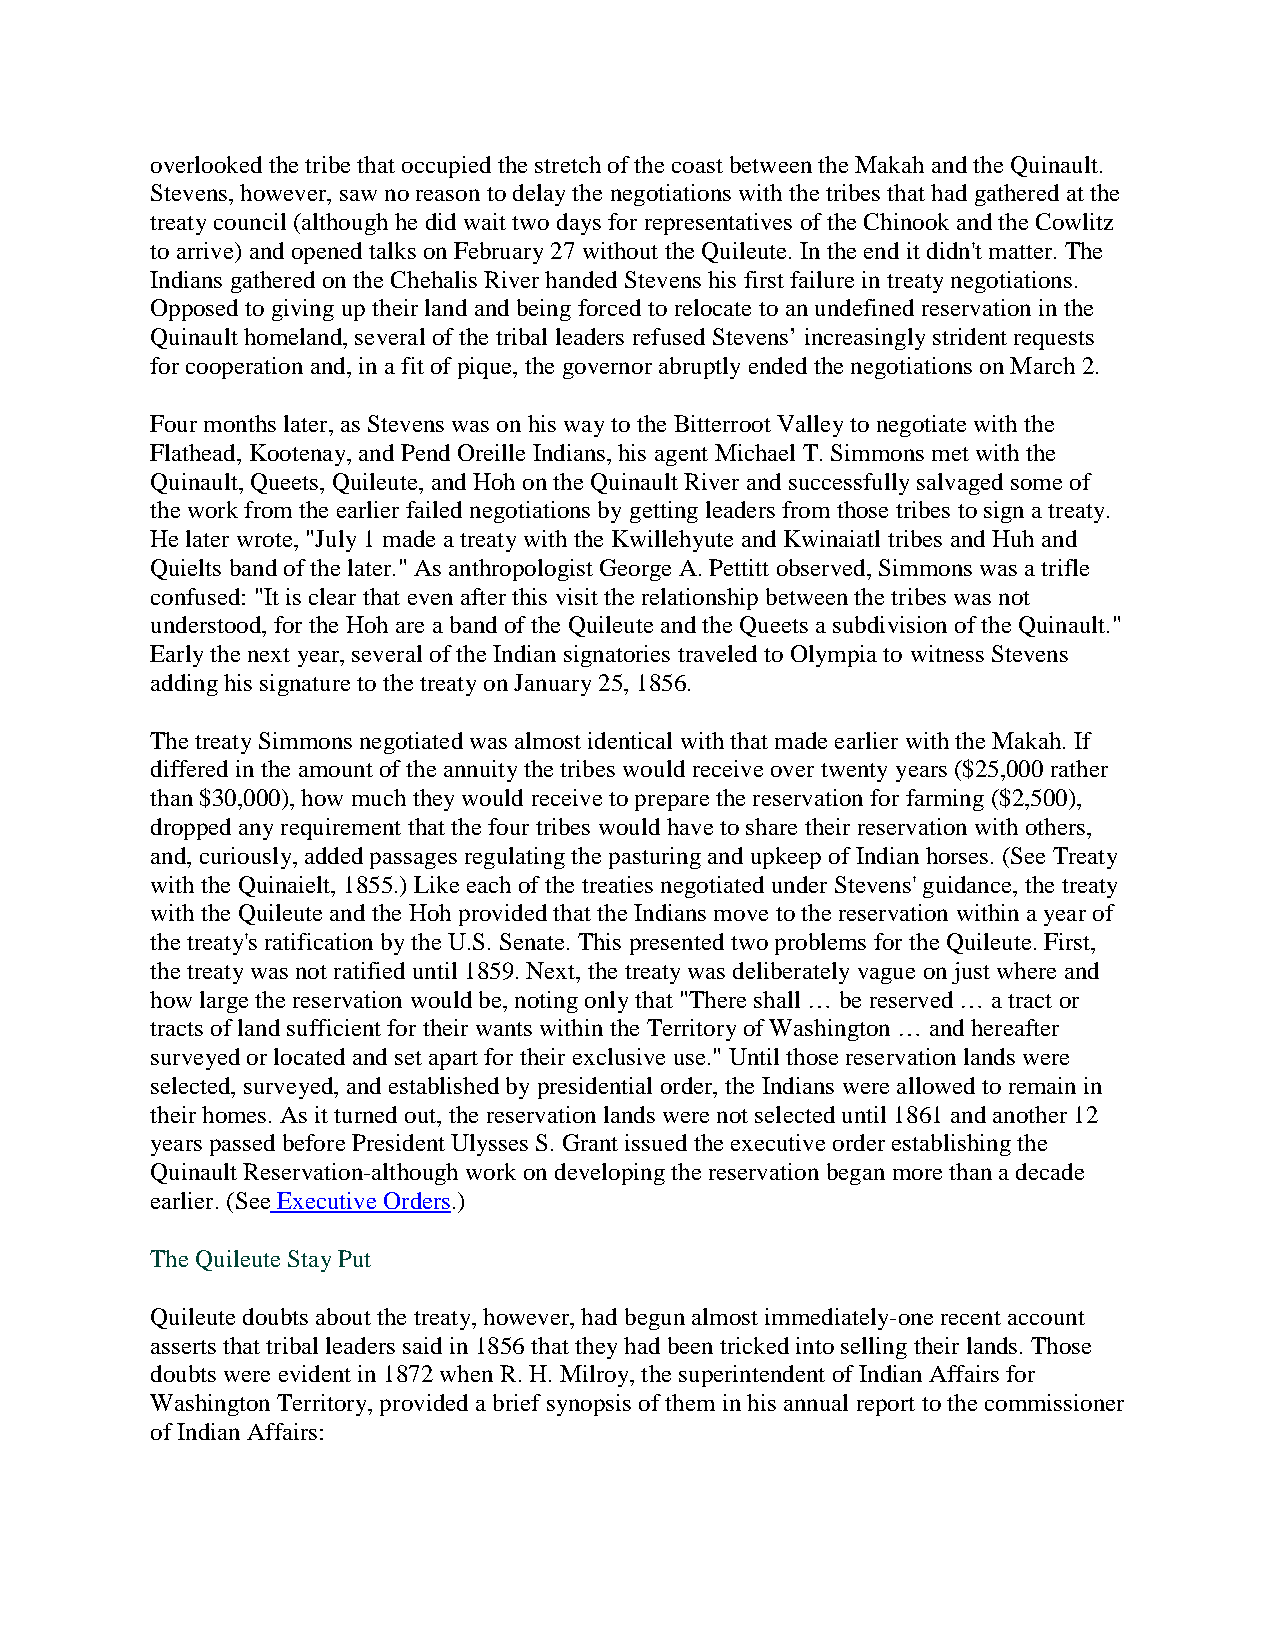
overlooked the tribe that occupied the stretch of the coast between the Makah and the Quinault.
 Stevens, however, saw no reason to delay the negotiations with the tribes that had gathered at the
 treaty council (although he did wait two days for representatives of the Chinook and the Cowlitz
 to arrive) and opened talks on February 27 without the Quileute. In the end it didn't matter. The
 Indians gathered on the Chehalis River handed Stevens his first failure in treaty negotiations.
 Opposed to giving up their land and being forced to relocate to an undefined reservation in the
 Quinault homeland, several of the tribal leaders refused Stevens’ increasingly strident requests
 for cooperation and, in a fit of pique, the governor abruptly ended the negotiations on March 2.
 Four months later, as Stevens was on his way to the Bitterroot Valley to negotiate with the
 Flathead, Kootenay, and Pend Oreille Indians, his agent Michael T. Simmons met with the
 Quinault, Queets, Quileute, and Hoh on the Quinault River and successfully salvaged some of
 the work from the earlier failed negotiations by getting leaders from those tribes to sign a treaty.
 He later wrote, "July 1 made a treaty with the Kwillehyute and Kwinaiatl tribes and Huh and
 Quielts band of the later." As anthropologist George A. Pettitt observed, Simmons was a trifle
 confused: "It is clear that even after this visit the relationship between the tribes was not
 understood, for the Hoh are a band of the Quileute and the Queets a subdivision of the Quinault."
 Early the next year, several of the Indian signatories traveled to Olympia to witness Stevens
 adding his signature to the treaty on January 25, 1856.
 The treaty Simmons negotiated was almost identical with that made earlier with the Makah. If
 differed in the amount of the annuity the tribes would receive over twenty years ($25,000 rather
 than $30,000), how much they would receive to prepare the reservation for farming ($2,500),
 dropped any requirement that the four tribes would have to share their reservation with others,
 and, curiously, added passages regulating the pasturing and upkeep of Indian horses. (See Treaty
 with the Quinaielt, 1855.) Like each of the treaties negotiated under Stevens' guidance, the treaty
 with the Quileute and the Hoh provided that the Indians move to the reservation within a year of
 the treaty's ratification by the U.S. Senate. This presented two problems for the Quileute. First,
 the treaty was not ratified until 1859. Next, the treaty was deliberately vague on just where and
 how large the reservation would be, noting only that "There shall … be reserved … a tract or
 tracts of land sufficient for their wants within the Territory of Washington … and hereafter
 surveyed or located and set apart for their exclusive use." Until those reservation lands were
 selected, surveyed, and established by presidential order, the Indians were allowed to remain in
 their homes. As it turned out, the reservation lands were not selected until 1861 and another 12
 years passed before President Ulysses S. Grant issued the executive order establishing the
 Quinault Reservation-although work on developing the reservation began more than a decade
 earlier. (See Executive Orders.)
 The Quileute Stay Put
 Quileute doubts about the treaty, however, had begun almost immediately-one recent account
 asserts that tribal leaders said in 1856 that they had been tricked into selling their lands. Those
 doubts were evident in 1872 when R. H. Milroy, the superintendent of Indian Affairs for
 Washington Territory, provided a brief synopsis of them in his annual report to the commissioner
 of Indian Affairs: